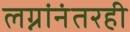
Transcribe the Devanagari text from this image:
लग्नांनंतरही